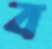
ব